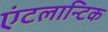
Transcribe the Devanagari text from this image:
एंटलान्टिक